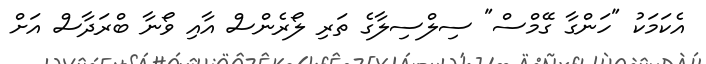
އެކަމަކު "ހަންގާ ގޭމްސް" ސިލްސިލާގެ ތަރި ލޯރެންސް އާއި ވޯނާ ބްރަދާސް އަށް